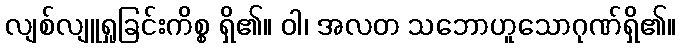
လျစ်လျူရှုခြင်းကိစ္စ ရှိ၏။ ဝါ၊ အလတ သဘောဟူသောဂုဏ်ရှိ၏။